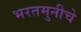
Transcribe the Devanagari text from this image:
भरतमुनीचे